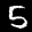
Label: 5